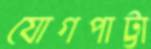
যোগপাট্টা